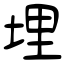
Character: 埋